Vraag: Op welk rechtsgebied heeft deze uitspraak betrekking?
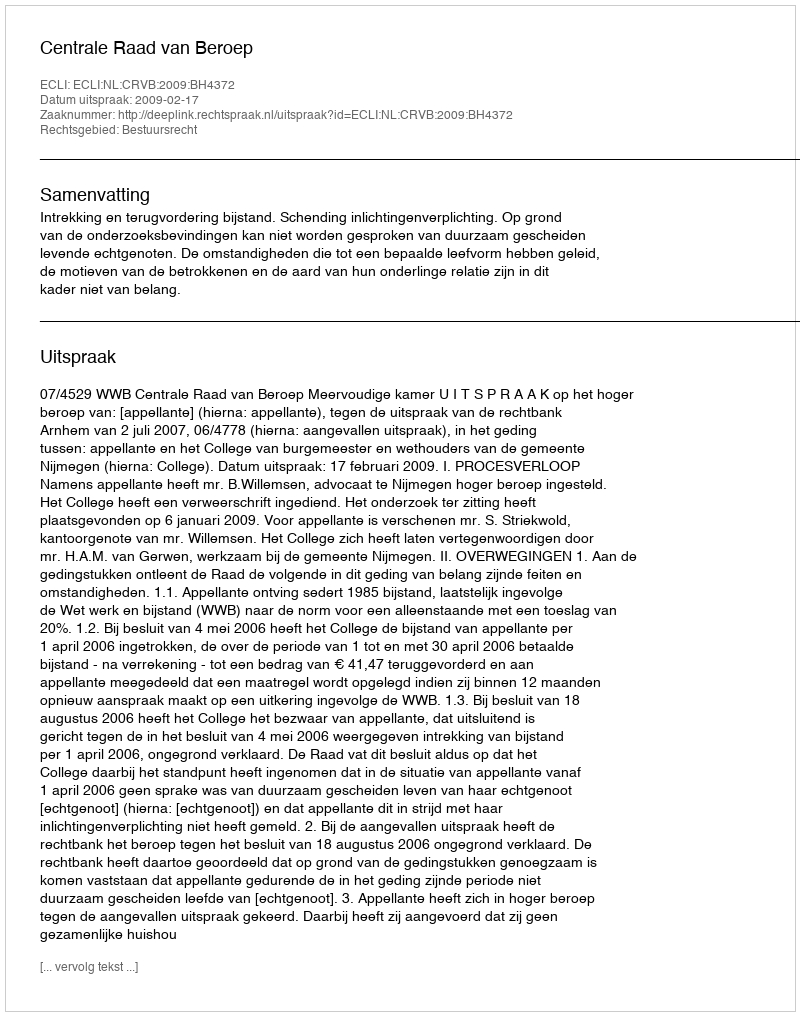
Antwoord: Bestuursrecht